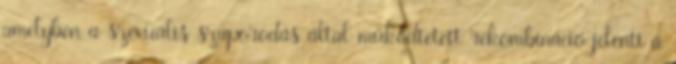
amelyben a szexuális szaporodás által működtetett rekombináció jelenti a